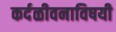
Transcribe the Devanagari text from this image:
कर्दळीवनाविषयी